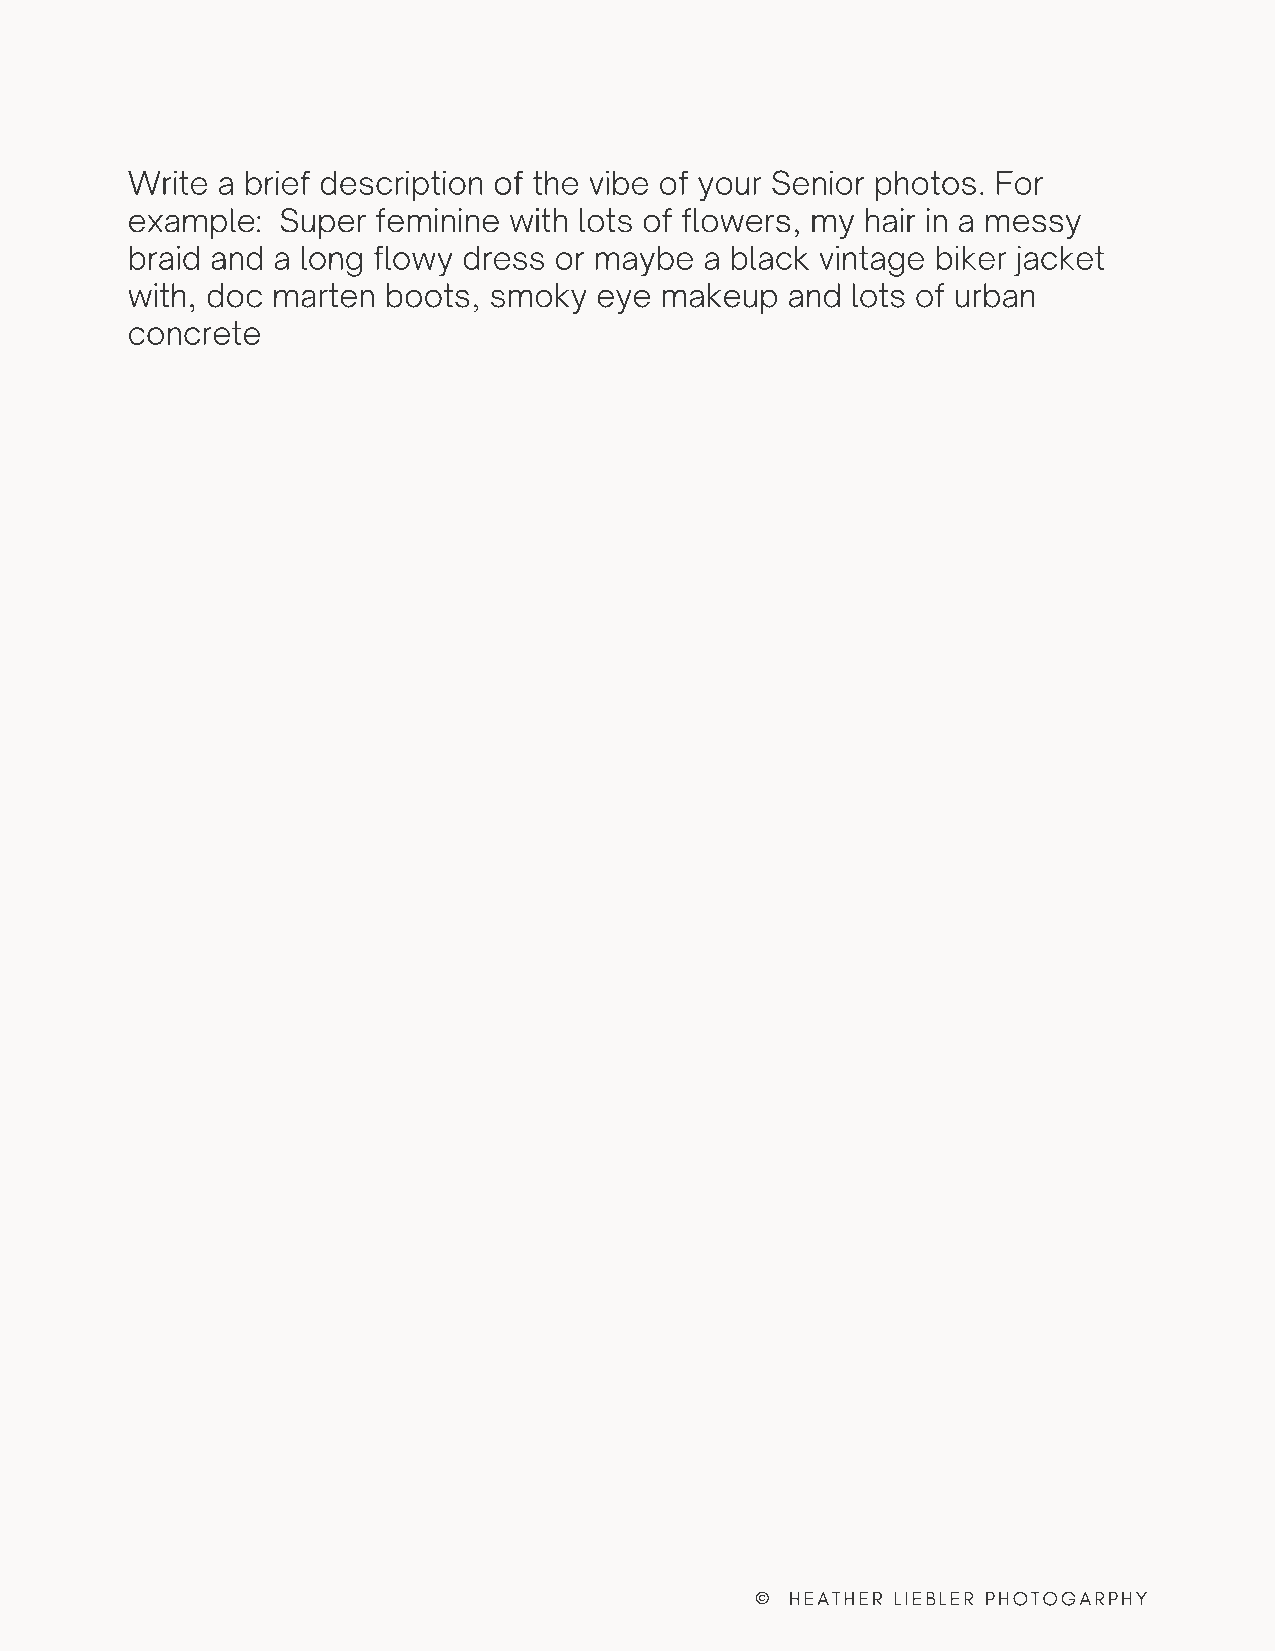
Write a brief description of the vibe of your Senior photos. For
 example:  Super  feminine with lots of flowers, my hair in a messy
 braid and a long flowy dress or maybe  a black vintage biker jacket
 with, doc marten boots, smoky  eye  makeup  and lots of urban
 concrete
 © HEATHER LIEBLER PHOTOGARPHY